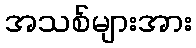
အသစ်များအား